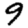
Digit: 9